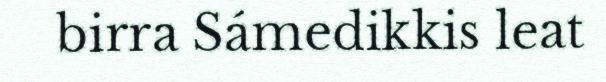
birra Sámedikkis leat